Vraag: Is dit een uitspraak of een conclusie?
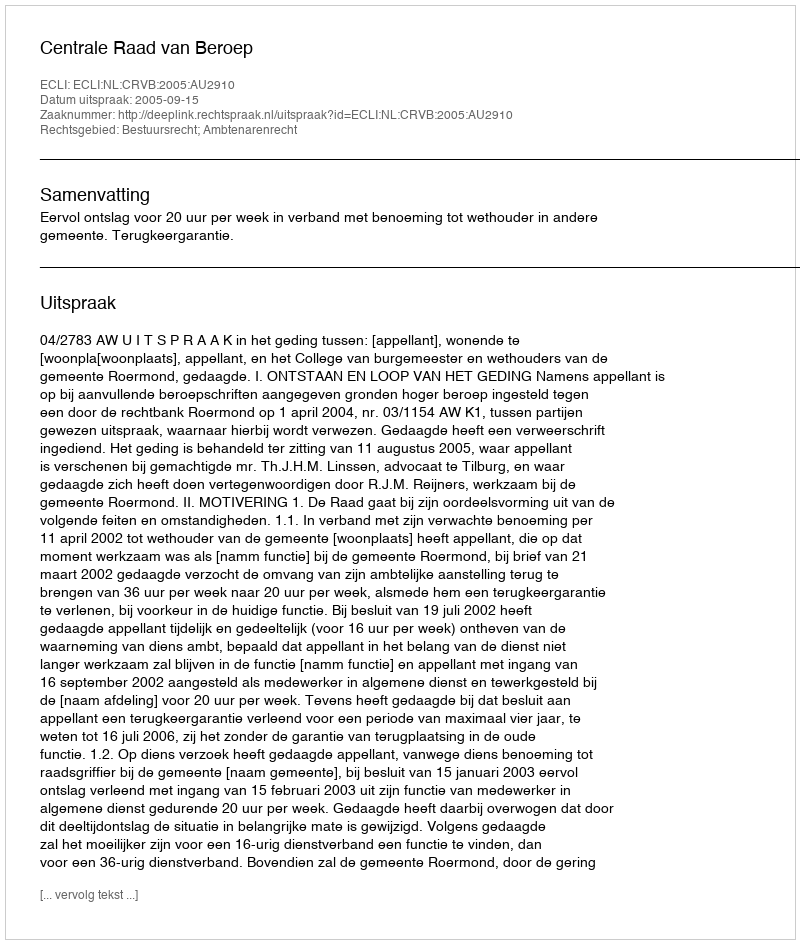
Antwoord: Uitspraak